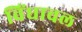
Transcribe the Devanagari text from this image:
विंधाचल